Bombay plague: being a history of the progress of plague in the Bombay presidency from September 1896 to June 1899
Year: 1896
Disease focus: Plague
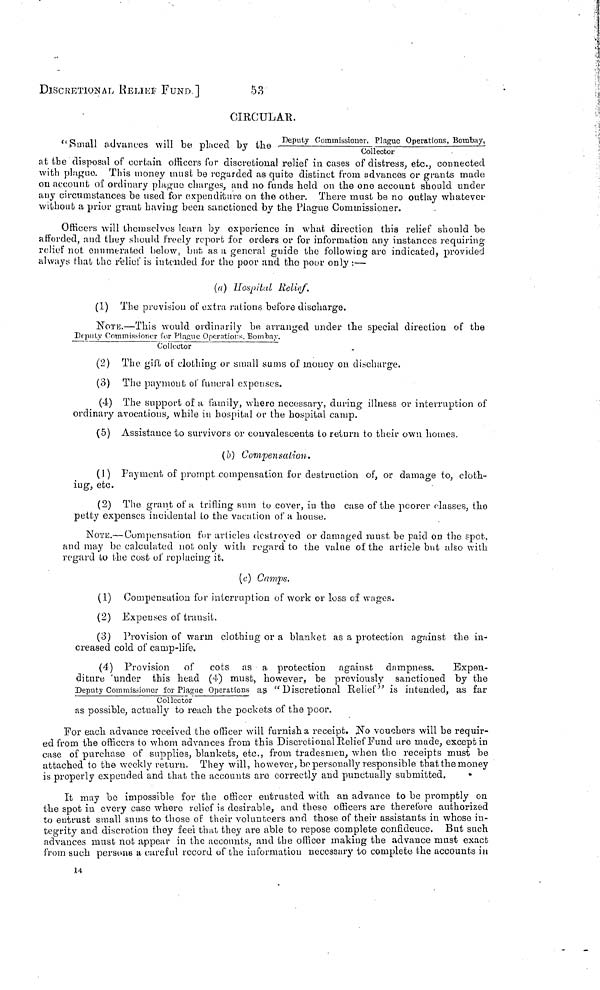
DISCRETION AL RΕΙEF FUND.]
53
CIRCULAR.
"Small advances will be placed by the Deputy Commission, Plague Operations. Bombay.
Collector
at the disposal of certain officers for discretional relief in cases of distress, etc., connected
with plague. This money must be regarded as quite distinct from advances or grants made
on account of ordinary plague charges, and no funds held on the one account should under
any circumstances be used for expenditure on the other. There must be no outlay whatever
without a prior grant having been sanctioned by the Plague Commissioner.
Officers will themselves learn by experience in what direction this relief should be
afforded, and they should Freely report for orders or for information any instances requiring
relief not enumerated below, but as a general guide the following are indicated, provided
always that the relief is intended for the poor and the poor only :—·
(a) Hospital Relief.
(1) The provision of extra rations before discharge.
NOTE.—This would ordinarily be arranged under the special direction of the
Deputy Commissioner for Plague Operations, Bombay.
Collector
(2) The gift of clothing or small sums oí inouey on discharge.
(3) The payment of funeral expenses.
(4) The support of a family, where necessary, during illness or interruption of
ordinary avocations, while in hospital or the hospital camp.
(5) Assistance to survivors or convalescents to return to their own homes.
(b) Campensation.
(1) Payment of prompt compensation for destruction of, or damage to, cloth-
ing, etc.
(2) The grant of a trifling sum to cover, in the case of the poorer classes, the
petty expenses incidental to the vacation of a house.
NOTE.— Compensation fur articles destroyed or damaged must be paid on the spot,
and may be calculated not only with regard to the value of the article but also with
regard to the cost of replacing it.
(c) Camps.
(1) Compensation for interruption of work or loss of wages.
(2) Expenses of transit.
(3) Provision of warm clothing or a blanket as a protection against the in-
creased cold of camp-life.
(4) Provision of cots as a protection against dampness.
Expen-
diture 'under this head (4) must, however, be previously sanctioned by the
Deputy Commissioner for Plague Operations as " Discretional Relief " is intended, as far
Collector
as possible, actually to reach the pockets of the poor.
For each advance received the officer will furnish a receipt. No vouchers will be requir-
ed from the officers to whom advances from this Discretional Relief Fund are made, except in
case of purchase of supplies, blankets, etc., from tradesmen, when the receipts must be
attached to the weekly return. They will, however, be personally responsible that the money
is properly expended and that the accounts are correctly and punctually submitted.
It may be impossible for the officer entrusted with an advance to be promptly on
the spot in every case where relief is desirable, and these officers are therefore authorized
to entrust small sums to those of their volunteers and those of their assistants in whose in-
tegrity and discretion they feei that they are able to repose complete confidence. But such
advances must not appear in the accounts, and the officer making the advance must exact
from such persons a careful record of the information necessary to complete the accounts in
14